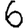
Digit: 6